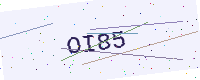
Text: OI85